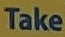
Take